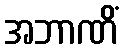
အဘာဏိံ